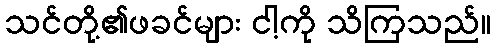
သင်တို့၏ဖခင်များ ငါ့ကို သိကြသည်။